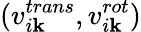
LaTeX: (v_{i\mathbf{k}}^{trans},v_{i\mathbf{k}}^{rot})